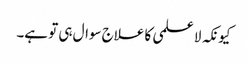
کیونکہ لا علمی کا علاج سوال ہی تو ہے۔